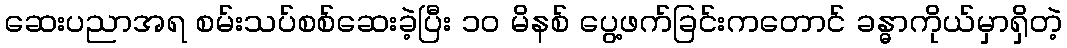
ဆေးပညာအရ စမ်းသပ်စစ်ဆေးခဲ့ပြီး ၁၀ မိနစ် ပွေ့ဖက်ခြင်းကတောင် ခန္ဓာကိုယ်မှာရှိတဲ့